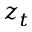
z _ { t }